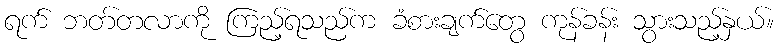
ရက် ဘတ်တလာကို ကြည့်ရသည်က ခံစားချက်တွေ ကုန်ခန်း သွားသည့်နှယ်။